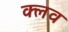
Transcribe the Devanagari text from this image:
क्‍लव